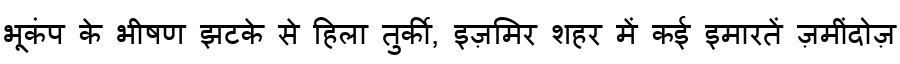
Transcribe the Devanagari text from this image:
भूकंप के भीषण झटके से हिला तुर्की, इज़मिर शहर में कई इमारतें ज़मींदोज़